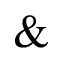
\&